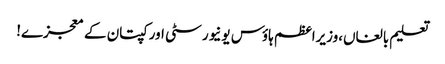
تعلیم بالغاں،وزیراعظم ہاؤس یونیورسٹی اور کپتان کے معجزے!